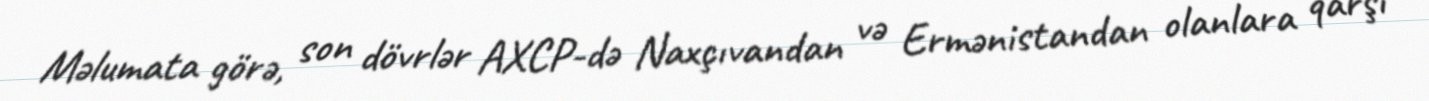
Məlumata görə, son dövrlər AXCP-də Naxçıvandan və Ermənistandan olanlara qarşı